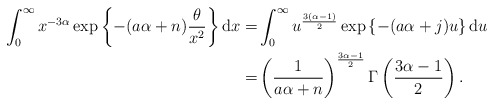
\begin{align*}\int^\infty_0x^{-3\alpha}\exp\left\{-(a\alpha+n)\frac{\theta}{x^2} \right\}\mathrm{d}x=&\int^\infty_0u^{\frac{3(\alpha-1)}{2}}\exp\left\{-(a\alpha+j)u\right\}\mathrm{d}u\\=&\left(\frac{1}{a\alpha+n}\right)^{\frac{3\alpha-1}{2}}\Gamma\left( \frac{3\alpha-1}{2} \right).\end{align*}